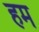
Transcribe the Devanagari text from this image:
हम